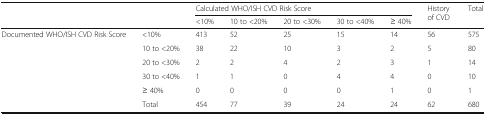
| <ROWSPAN=2-COLSPAN=2>  | <COLSPAN=5> Calculated WHO/ISH CVD Risk Score | <ROWSPAN=2> History of CVD | <ROWSPAN=2> Total |
 | <10% | 10 to <20% | 20 to <30% | 30 to <40% | ≥ 40% |
 | --- | --- | --- | --- | --- | --- | --- | --- | --- |
 | <ROWSPAN=6> Documented WHO/ISH CVD Risk Score | <10% | 413 | 52 | 25 | 15 | 14 | 56 | 575 |
 | 10 to <20% | 38 | 22 | 10 | 3 | 2 | 5 | 80 |
 | 20 to <30% | 2 | 2 | 4 | 2 | 3 | 1 | 14 |
 | 30 to <40% | 1 | 1 | 0 | 4 | 4 | 0 | 10 |
 | ≥ 40% | 0 | 0 | 0 | 0 | 1 | 0 | 1 |
 | Total | 454 | 77 | 39 | 24 | 24 | 62 | 680 |